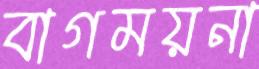
বাগময়না